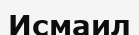
Исмаил